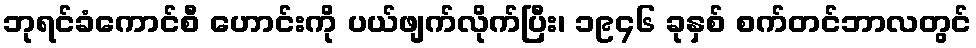
ဘုရင်ခံကောင်စီ ဟောင်းကို ပယ်ဖျက်လိုက်ပြီး၊ ၁၉၄၆ ခုနှစ် စက်တင်ဘာလတွင်